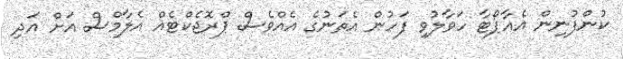
ކުންފުނިން އެއާޕޯޓާ ހަވާލުވި ފަހުން އެތަނުގެ އެއްވެސް ޕްރޮޖެކްޓެއް އެލާމްސް އަށް އަދި